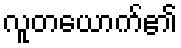
လူတယောက်၏